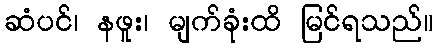
ဆံပင်၊ နဖူး၊ မျက်ခုံးထိ မြင်ရသည်။